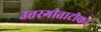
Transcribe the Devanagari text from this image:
उत्तरगीताटीका